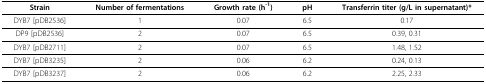
| Strain | Number of fermentations | Growth rate (h-1) | pH | Transferrin titer (g/L in supernatant)* |
 | --- | --- | --- | --- | --- |
 | DYB7 [pDB2536] | 1 | 0.07 | 6.5 | 0.17 |
 | DP9 [pDB2536] | 2 | 0.07 | 6.5 | 0.39, 0.31 |
 | DYB7 [pDB2711] | 2 | 0.07 | 6.5 | 1.48, 1.52 |
 | DYB7 [pDB3235] | 2 | 0.06 | 6.2 | 0.24, 0.13 |
 | DYB7 [pDB3237] | 2 | 0.06 | 6.2 | 2.25, 2.33 |